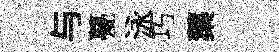
与甍泳巧蕖